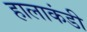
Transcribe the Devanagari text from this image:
हालाकंडी